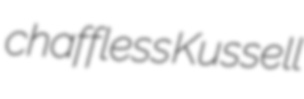
chaffless Kussell